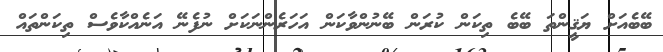
ބޭބެއަށް ޔަޤީންތަ ބޭބެ ތިކަން ކުރަން ބޭނުންވާކަން އަހަރެންނަކަށް ނުފެނޭ އަނެއްކާވެސް ތިކަންތައް